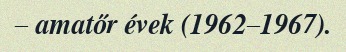
– amatőr évek (1962–1967).